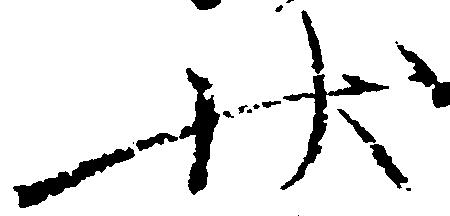
状